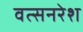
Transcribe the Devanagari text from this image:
वत्सनरेश